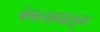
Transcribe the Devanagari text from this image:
बंगल्यापासून